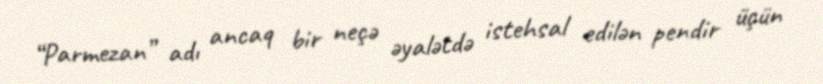
“Parmezan” adı ancaq bir neçə əyalətdə istehsal edilən pendir üçün